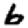
Digit: 6